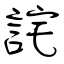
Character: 詫